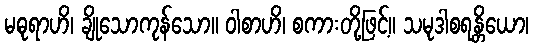
မဓုရာဟိ၊ ချိုသောကုန်သော။ ဝါစာဟိ၊ စကားတို့ဖြင့်။ သမုဒါစရန္တိယော၊